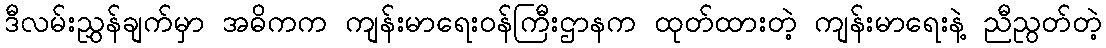
ဒီလမ်းညွှန်ချက်မှာ အဓိကက ကျန်းမာရေးဝန်ကြီးဌာနက ထုတ်ထားတဲ့ ကျန်းမာရေးနဲ့ ညီညွတ်တဲ့